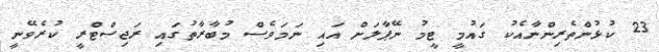
23 ކުޅުންތެރިންނާއެކު ގައުމީ ޓީމު ނޭޕާލަށް އައި ނަމަވެސް މުބާރާތުގައި ރަޖިސްޓްރީ ކުރެވޭނީ